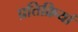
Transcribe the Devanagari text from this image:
प्रतिक्रियां